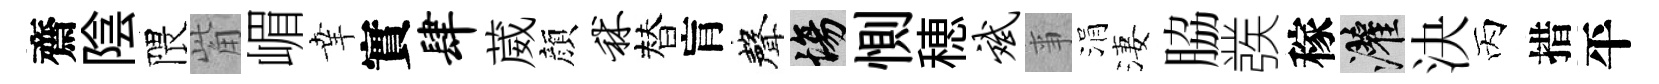
齋陰隈觜嵋𦍒實肆葳顔秫替肓聲場惻穂斌亊涓淒脇彂稼灌決丙措平